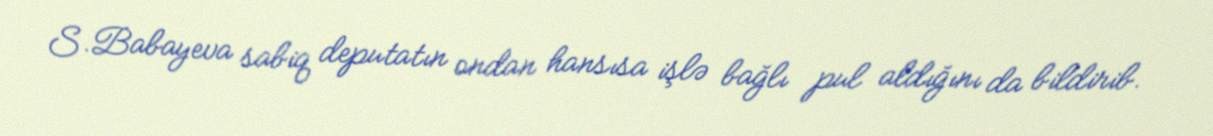
S.Babayeva sabiq deputatın ondan hansısa işlə bağlı pul aldığını da bildirib.